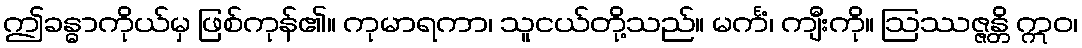
ဤခန္ဓာကိုယ်မှ ဖြစ်ကုန်၏။ ကုမာရကာ၊ သူငယ်တို့သည်။ မင်္ကံ၊ ကျီးကို။ ဩဿဇ္ဇန္တိ ဣဝ၊